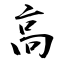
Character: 高